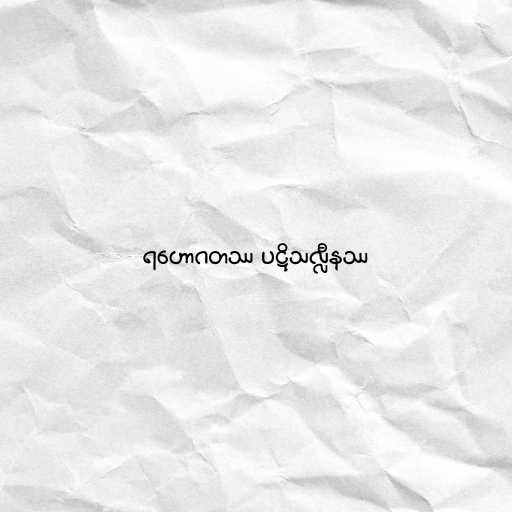
ရဟောဂတဿ ပဋိသလ္လီနဿ